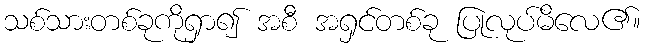
သစ်သားတစ်ခုကိုရှာ၍ အစီ အရှင်တစ်ခု ပြုလုပ်မိလေ၏။